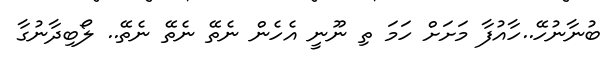
ބުނާނުހޭ..ހާއުފާ މަށަށް ހަމަ ތި ނޫނީ އެހެން ނެތޭ ނެތޭ ނެތޭ.. ލޯބިދާނުގާ